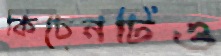
কিচেনটিও